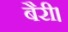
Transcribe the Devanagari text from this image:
बैरी।